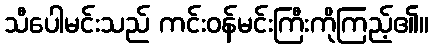
သီပေါမင်းသည် ကင်းဝန်မင်းကြီးကိုကြည့်၏။